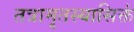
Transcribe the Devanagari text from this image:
तत्रामृतस्यासिक्तं